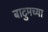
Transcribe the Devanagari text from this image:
बाटुमच्या